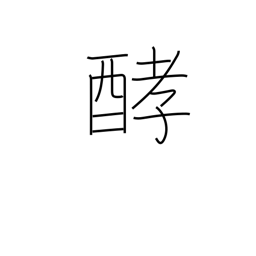
Meaning: fermentation